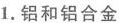
1.铝和铝合金